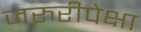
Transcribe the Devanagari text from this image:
जरुरीपेक्षा